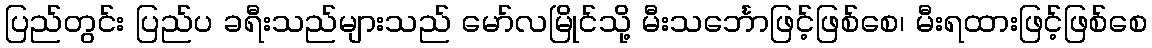
ပြည်တွင်း ပြည်ပ ခရီးသည်များသည် မော်လမြိုင်သို့ မီးသင်္ဘောဖြင့်ဖြစ်စေ၊ မီးရထားဖြင့်ဖြစ်စေ